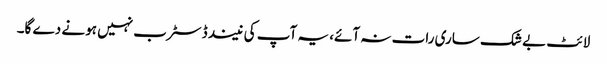
لائٹ بے شک ساری رات نہ آئے، یہ آپ کی نیند ڈسٹرب نہیں ہونے دے گا۔